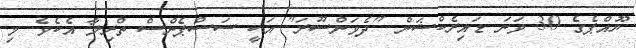
ޔޫއްޕެގެ 30 ވަނަ ޑައިރެކްޝަން "ދެވަންސޫރަ" އަކީ ސަސްޕެންސް ތްރިލާ އެކެވެ. މި